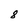
Character: 8